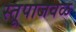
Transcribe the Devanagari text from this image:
स्तूपाजवळ